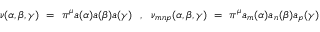
\nu ( \alpha , \beta , \gamma ) ~ = ~ \pi ^ { \mu } a ( \alpha ) a ( \beta ) a ( \gamma ) ~ ~ , ~ ~ \nu _ { m n p } ( \alpha , \beta , \gamma ) ~ = ~ \pi ^ { \mu } a _ { m } ( \alpha ) a _ { n } ( \beta ) a _ { p } ( \gamma )